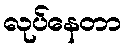
လုပ်နေတာ